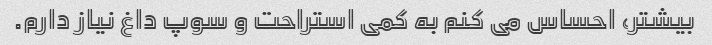
بیشتر، احساس می کنم به کمی استراحت و سوپ داغ نیاز دارم.